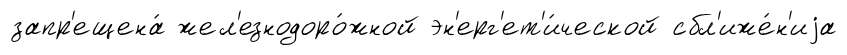
запр'ещена́ жел'езнодоро́жной эн'ерг'ет'и́ческой сбл'иже́н'иjа